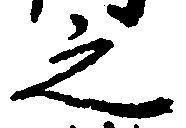
之